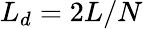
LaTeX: L_{d}=2L/N